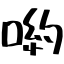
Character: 喲